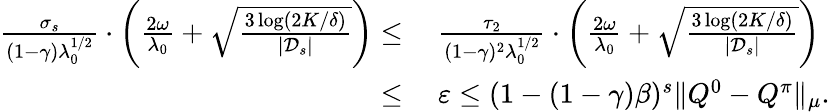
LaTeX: \begin{array}{rl}{\frac{\sigma_{s}}{(1-\gamma)\lambda_{0}^{1/2}}\cdot\left(\frac{2\omega}{\lambda_{0}}+\sqrt{\frac{3\log(2K/\delta)}{|\mathcal{D}_{s}|}}\right)\leq}&{\ \frac{\tau_{2}}{(1-\gamma)^{2}\lambda_{0}^{1/2}}\cdot\left(\frac{2\omega}{\lambda_{0}}+\sqrt{\frac{3\log(2K/\delta)}{|\mathcal{D}_{s}|}}\right)}\\ {\leq}&{\ \varepsilon\leq(1-(1-\gamma)\beta)^{s}\| Q^{0}-Q^{\pi}\| _{\mu}.}\end{array}